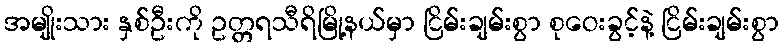
အမျိုးသား နှစ်ဦးကို ဥတ္တရသီရိမြို့နယ်မှာ ငြိမ်းချမ်းစွာ စုဝေးခွင့်နဲ့ ငြိမ်းချမ်းစွာ